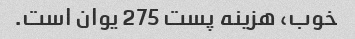
خوب، هزینه پست 275 یوان است.